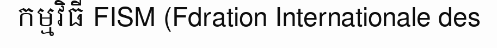
កម្មវិធី FISM (Fdration Internationale des